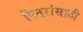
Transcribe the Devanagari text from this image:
पितरांसाठी